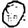
Digit: 0